Scottish Leaving Certificate Examination, 1959
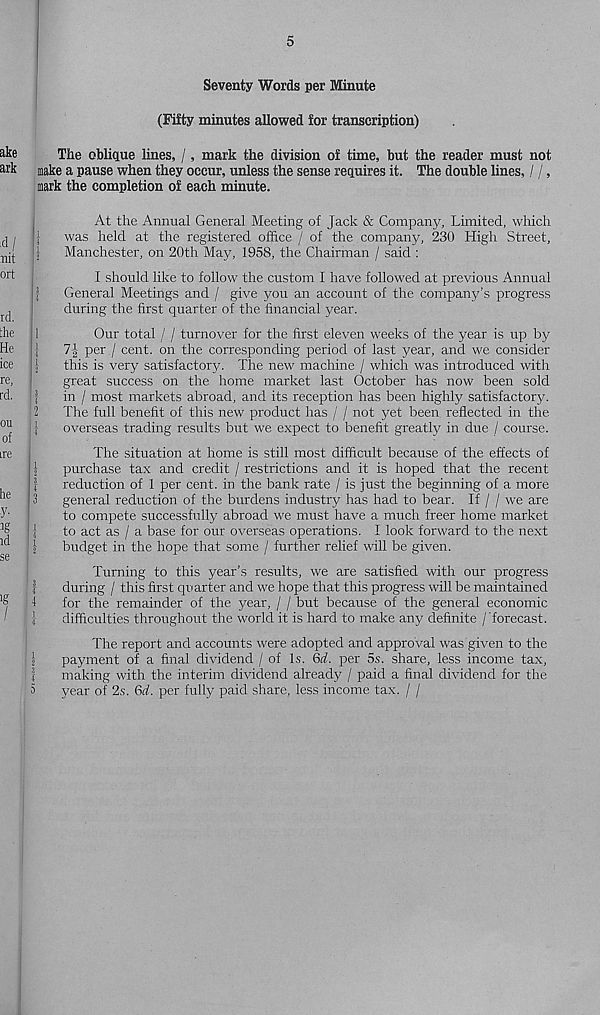
5
Seventy Words per Minute
(Fifty minutes allowed for transcription)
The oblique lines, /, mark the division of time, but the reader must not
make a pause when they occur, unless the sense requires it. The double lines, / /,
mark the completion of each minute.
At the Annual General Meeting of Jack & Company, Limited, which
I
was held at the registered office / of the company, 230 High Street,
f
Manchester, on 20th May, 1958, the Chairman / said :
I should like to follow the custom I have followed at previous Annual
f
General Meetings and / give you an account of the company’s progress
during the first quarter of the financial year.
1
Our total / / turnover for the first eleven weeks of the year is up by
J
7-| per / cent, on the corresponding period of last year, and we consider
1
this is very satisfactory. The new machine / which was introduced with
great success on the home market last October has now been sold
1 1
in / most markets abroad, and its reception has been highly satisfactory.
2
The full benefit of this new product has / / not yet been reflected in the
I
overseas trading results but we expect to benefit greatly in due / course.
The situation at home is still most difficult because of the effects of
1
purchase tax and credit / restrictions and it is hoped that the recent
I
reduction of 1 per cent, in the bank rate / is just the beginning of a more
3
general reduction of the burdens industry has had to bear. If / / we are
to compete successfully abroad we must have a much freer home market
j
to act as / a base for our overseas operations. I look forward to the next
#
budget in the hope that some / further relief will be given.
Turning to this year’s results, we are satisfied with our progress
|
during / this first quarter and we hope that this progress will be maintained
1
for the remainder of the year, / / but because of the general economic
t
difficulties throughout the world it is hard to make any definite / 'forecast.
The report and accounts were adopted and approval was given to the
I
payment of a final dividend / of Is. Qd. per 5s. share, less income tax,
|
making with the interim dividend already / paid a final dividend for the
3
year of 2s. 6d. per fully paid share, less income tax. / /